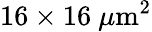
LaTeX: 16\times 16~\mu\mathrm{m}^{2}